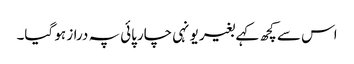
اس سے کچھ کہے بغیر یونہی چارپائی پہ دراز ہو گیا۔